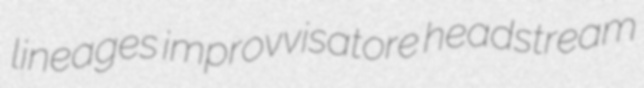
lineages improvvisatore headstream